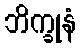
ဘိက္ခုနံ